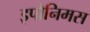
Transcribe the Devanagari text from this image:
इपौनिमस